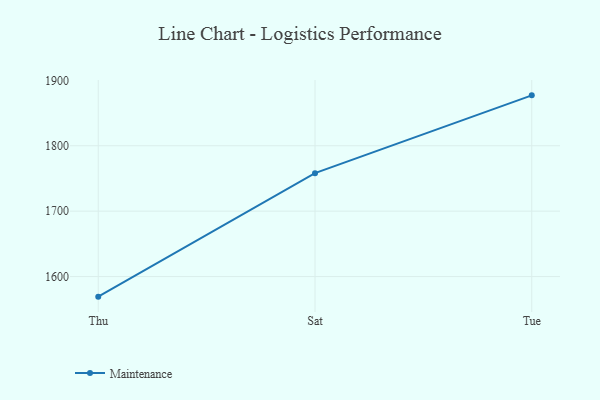
{"axis": {"x": "Day", "y": "Conversion Rate (%)"}, "legend": ["Maintenance"], "data": [{"x": "Thu", "y": 1569.3, "type": "Maintenance"}, {"x": "Sat", "y": 1758.1, "type": "Maintenance"}, {"x": "Tue", "y": 1877.1, "type": "Maintenance"}]}